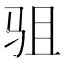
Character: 驵